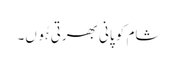
شام کو پانی بھرتی ہُوں۔